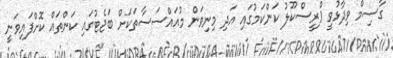
ގާސިމް ވިދާޅުވީ ޕްރީސްކޫލު ކަންކަމުގައި އަދި މިނިވަން މުއައްސަސާތަކަށް ބަޖެޓުގައި ކަންތައް ކޮށްފައިވަނީ